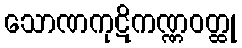
သောဏကုဋိကဏ္ဏဝတ္ထု